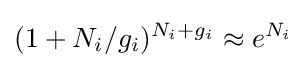
(1+N_{i}/g_{i})^{N_{i}+g_{i}}\approx e^{N_{i}}